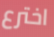
اخترع